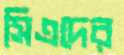
সিএদের